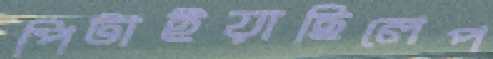
পিটাইয়াছিলেপ